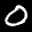
Label: 0